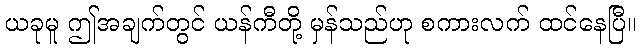
ယခုမူ ဤအချက်တွင် ယန်ကီတို့ မှန်သည်ဟု စကားလက် ထင်နေပြီ။